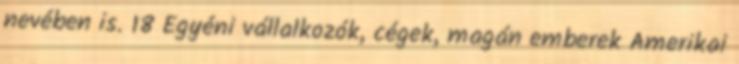
nevében is. 18 Egyéni vállalkozók, cégek, magán emberek Amerikai